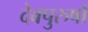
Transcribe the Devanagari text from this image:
देवपुरुषों